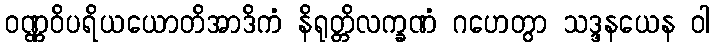
ဝဏ္ဏဝိပရိယယောတိအာဒိကံ နိရုတ္တိလက္ခဏံ ဂဟေတွာ သဒ္ဒနယေန ဝါ